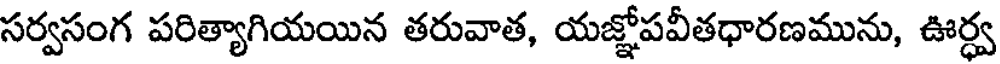
సర్వసంగ పరిత్యాగియయిన తరువాత, యజ్ఞోపవీతధారణమును, ఊర్ధ్వ